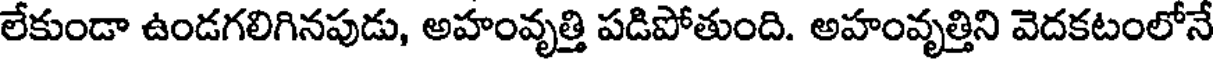
లేకుండా ఉండగలిగినపుడు, అహంవృత్తి పడిపోతుంది. అహంవృత్తిని వెదకటంలోనే